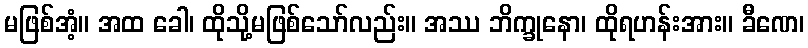
မဖြစ်အံ့။ အထ ခေါ၊ ထိုသို့မဖြစ်သော်လည်း။ အဿ ဘိက္ခုနော၊ ထိုရဟန်းအား။ ခီဏေ၊